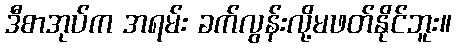
ဒီစာအုပ်က အရမ်း ခက်လွန်းလို့မဖတ်နိုင်ဘူး။